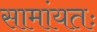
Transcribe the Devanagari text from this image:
सामांयतः